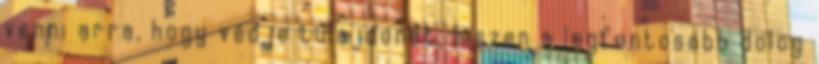
venni arra, hogy védje tulajdonát, hiszen a legfontosabb dolog